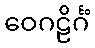
ဝေဂဠိင်္ဂံ